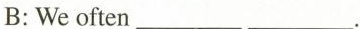
B:We often ___ ___.